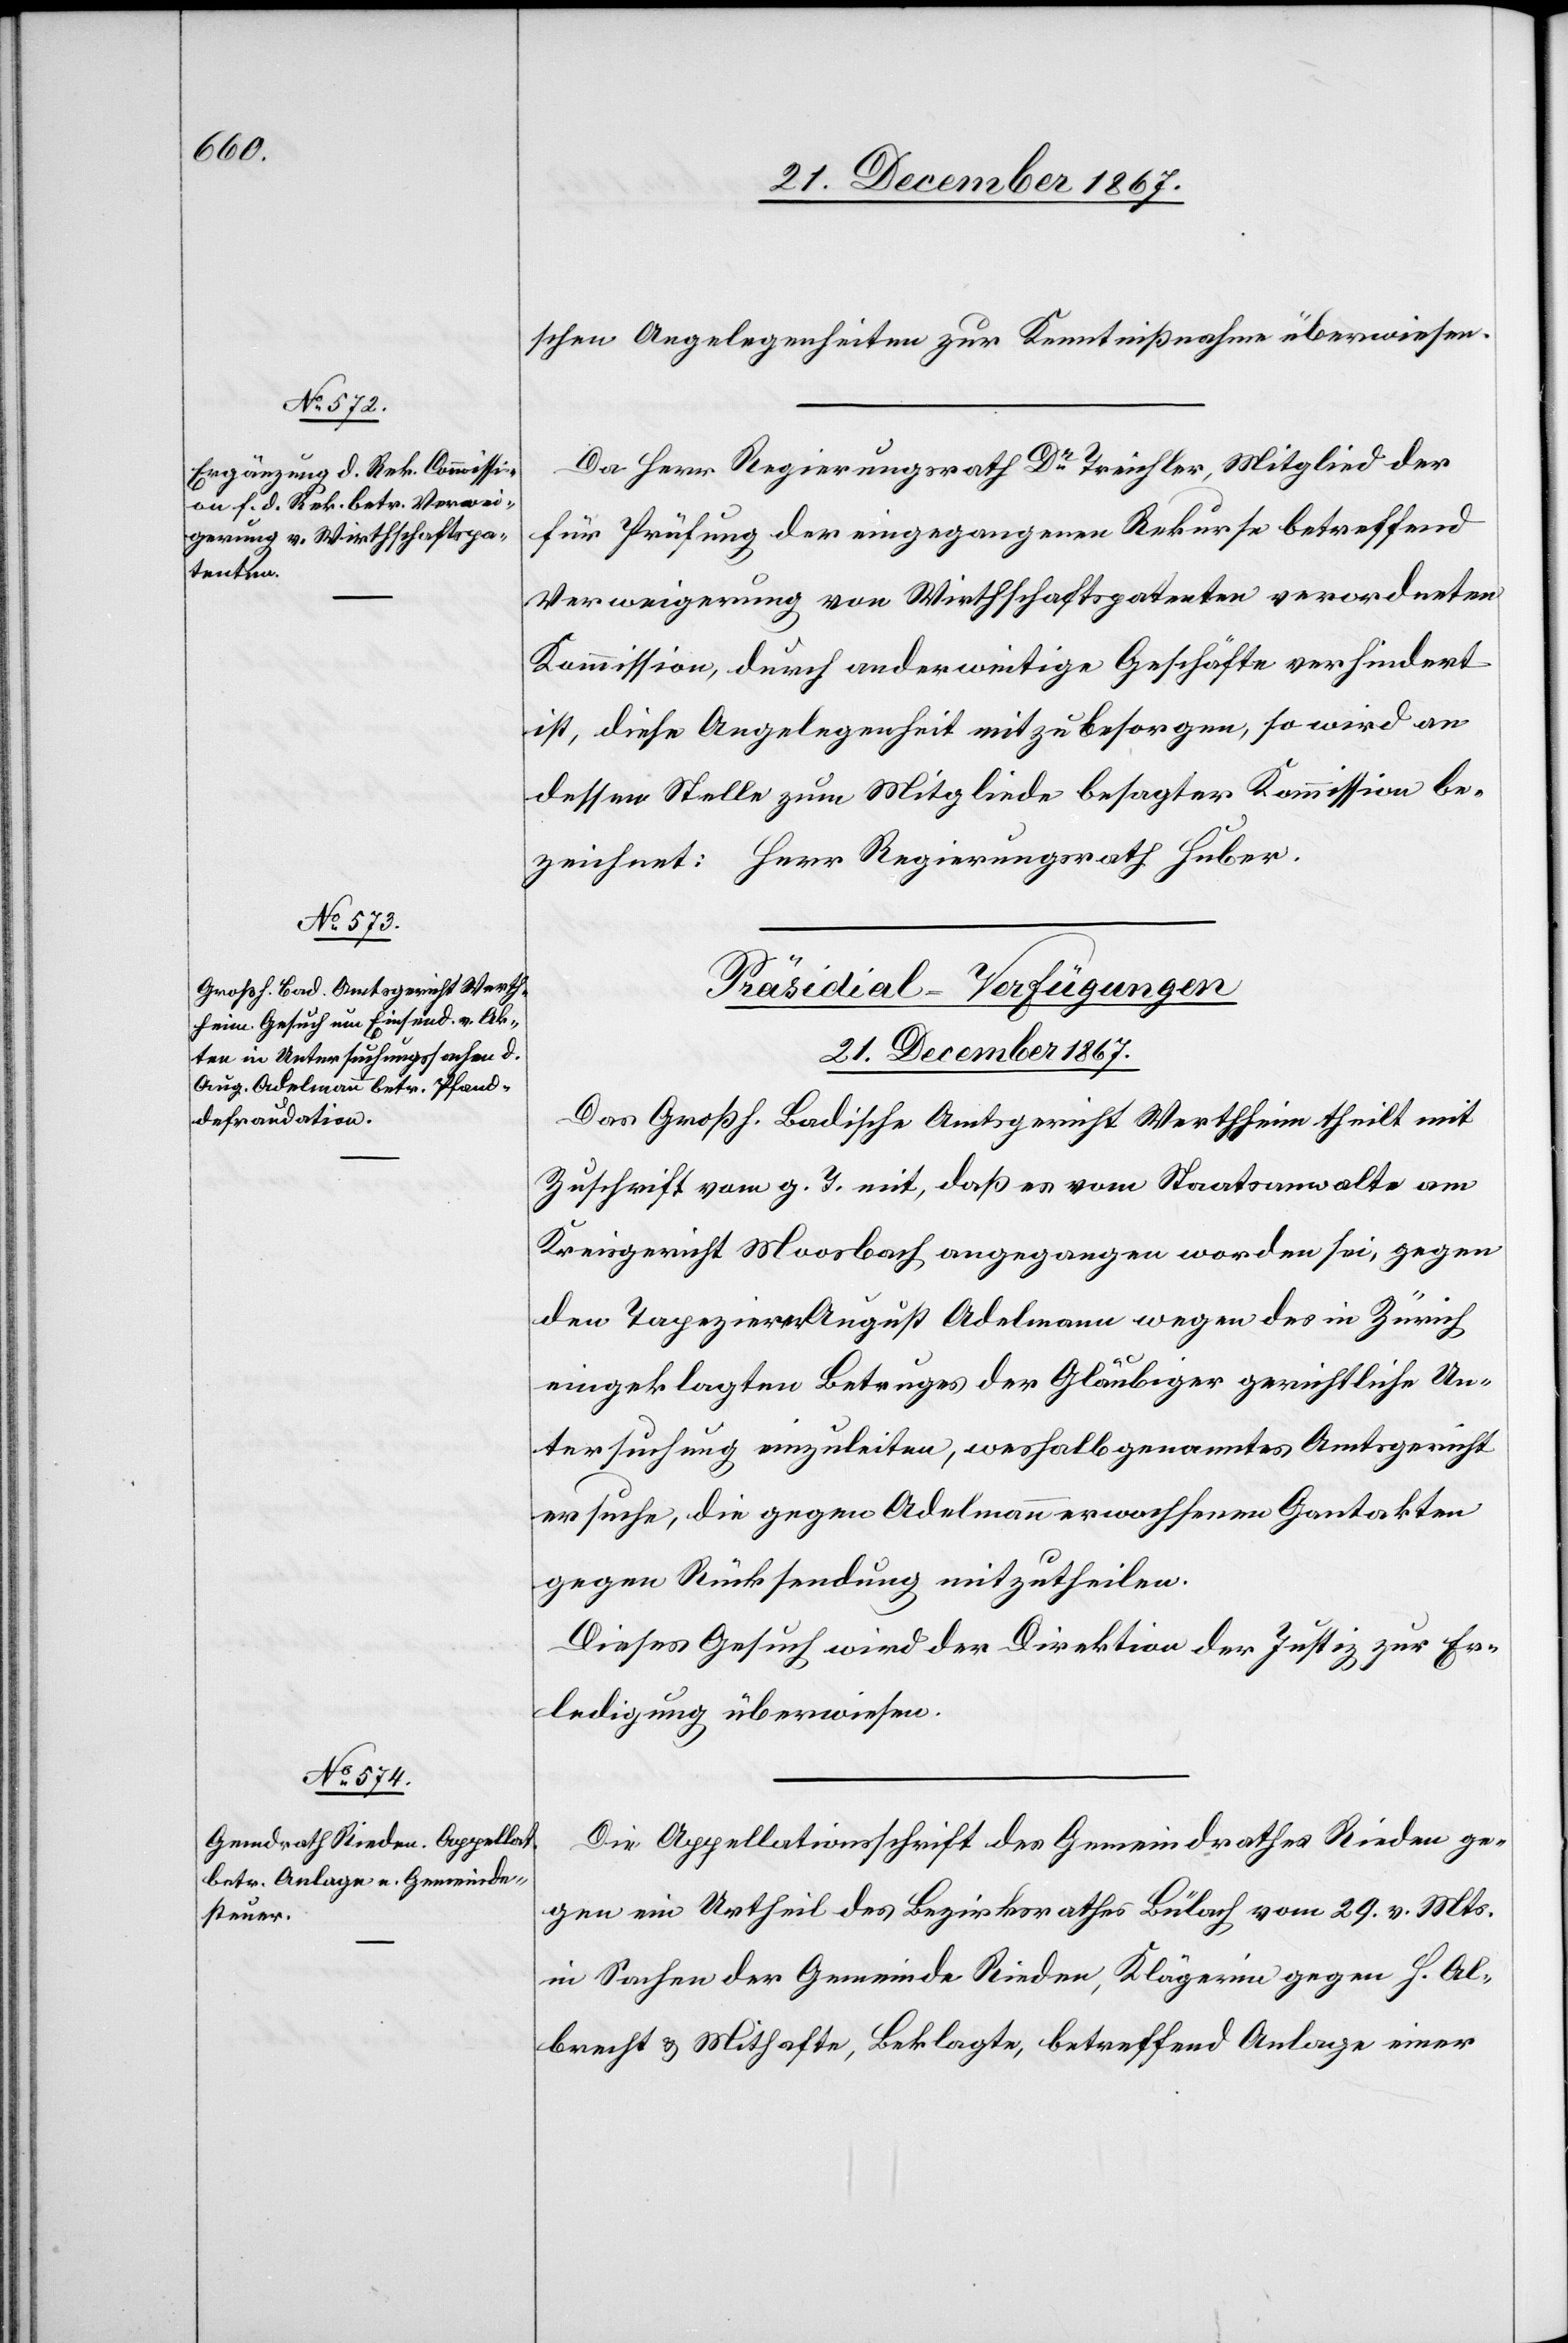
schen Angelegenheiten zur Kenntnißnahme überwiesen.
Da Herr Regierungsrath Dr Treichler, Mitglied der
für Prüfung der eingegangenen Rekurse betreffend
Verweigerung von Wirthschaftspatenten verordneten
Kommission, durch anderweitige Geschäfte verhindert
ist, diese Angelegenheit mit zu besorgen, so wird an
dessen Stelle zum Mitgliede besagter Kommission be¬
zeichnet: Herr Regierungsrath Huber.
[Präsidial-Verfügungen.
21. December 1867.]
Das Großh. Badische Amtsgericht Werthheim theilt mit
Zuschrift vom g. T. mit, daß es vom Staatsanwalte am
Kreisgericht Moosbach angegangen worden sei, gegen
den Tapezierer August Adelmann wegen des in Zürich
einklagten Betruges der Gläubiger gerichtliche Un¬
tersuchung einzuleiten, weshalb genanntes Amtsgericht
ersuche, die gegen Adelmann erwachsenen Gantakten
gegen Rücksendung mitzutheilen.
Dieses Gesuch wird der Direktion der Justiz zur Er¬
ledigung überwiesen.
Die Appellationsschrift des Gemeindrathes Rieden ge¬
gen ein Urtheil des Bezirksrathes Bülach vom 29. v. Mts.
in Sachen der Gemeinde Rieden, Klägerin, gegen H. Al¬
brecht u. Mithafte, Beklagte, betreffend Anlage einer